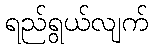
ရည်ရွယ်လျက်